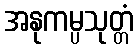
အနုကမ္ပသုတ္တံ